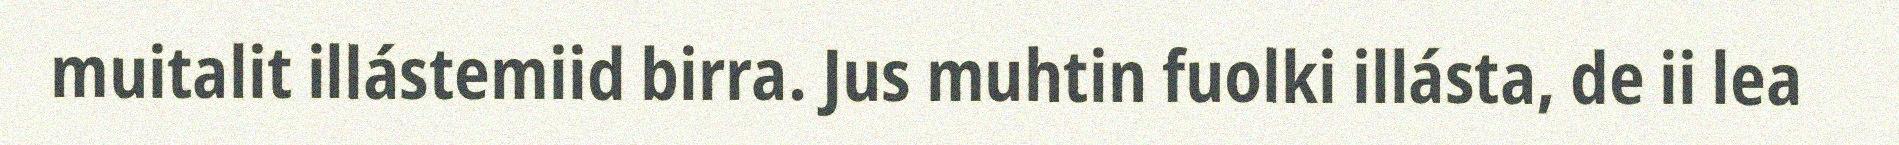
muitalit illástemiid birra. Jus muhtin fuolki illásta, de ii lea